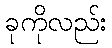
ခုကိုလည်း